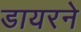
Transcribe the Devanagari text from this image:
डायरने